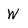
Character: W